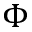
\Phi